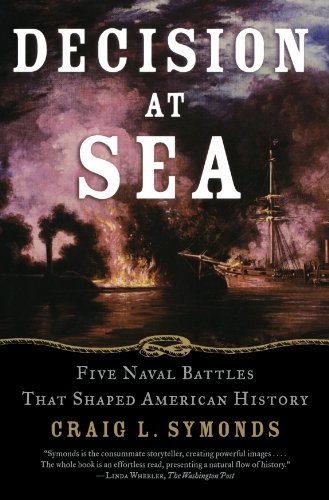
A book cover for Decision at Sea: Five Naval Battles that Shaped American History; Craig L. Symonds; History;